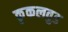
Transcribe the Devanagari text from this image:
कृकलवुड